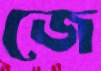
জে